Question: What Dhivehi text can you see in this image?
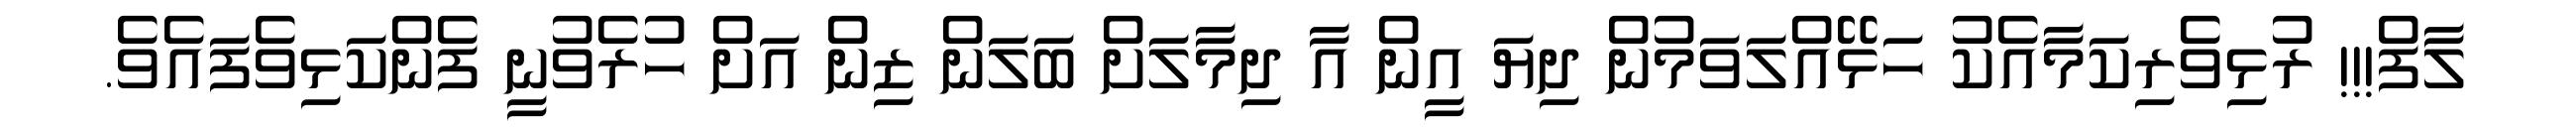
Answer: ލާފް!!! ރުޅިވެރިކަމާއެކު ހަޅޭއްލަވަމުން ދިޔަ އީން އާ ދިމާލަށް ބަލަން ޒިން އަށް ހުރެވުނީ ފެންކަޅިވެފައެވެ.